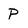
Character: P